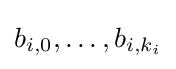
b_{i,0},\ldots ,b_{i,k_{i}}